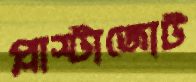
প্লাস্টাজোট